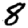
Digit: 8